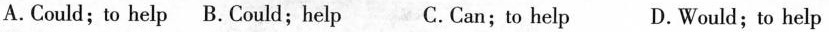
A.Could;to help B. Could;help C.Can;to help D.Would;to help